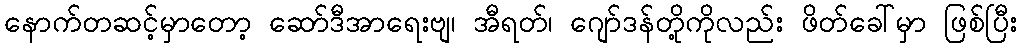
နောက်တဆင့်မှာတော့ ဆော်ဒီအာရေးဗျ၊ အီရတ်၊ ဂျော်ဒန်တို့ကိုလည်း ဖိတ်ခေါ်မှာ ဖြစ်ပြီး